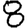
Digit: 8